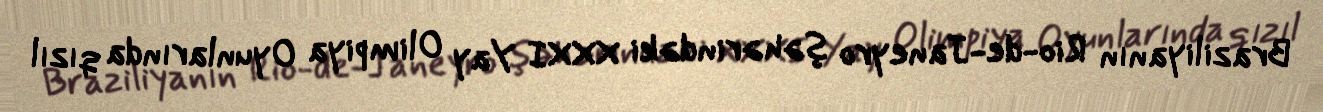
Braziliyanın Rio-de-Janeyro şəhərindəki XXXI Yay Olimpiya Oyunlarında qızıl